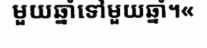
មួយឆ្នាំទៅមួយឆ្នាំ។«